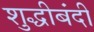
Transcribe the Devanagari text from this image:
शुद्धीबंदी